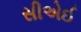
સીએઈ